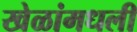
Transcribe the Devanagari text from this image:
खेळांमधली